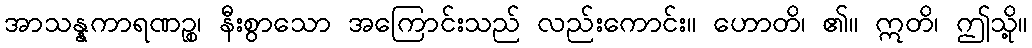
အာသန္နကာရဏဉ္စ၊ နီးစွာသော အကြောင်းသည် လည်းကောင်း။ ဟောတိ၊ ၏။ ဣတိ၊ ဤသို့။